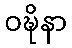
ဝဍ္ဎိနာ